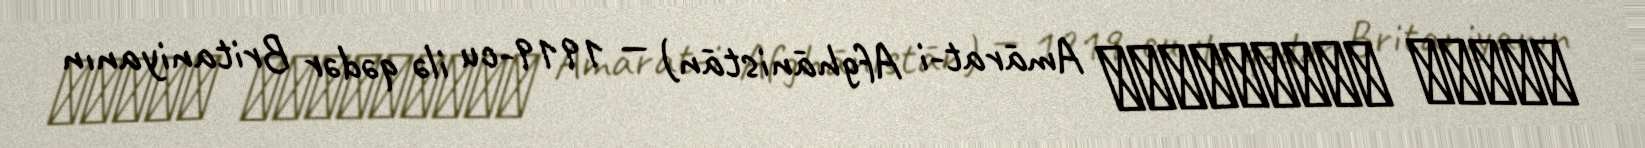
امارت افغانستان Amārat-i Afghānistān) — 1919-cu ilə qədər Britaniyanın